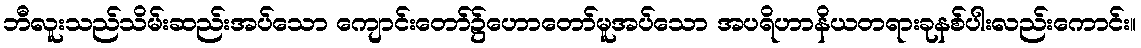
ဘီလူးသည်သိမ်းဆည်းအပ်သော ကျောင်းတော်၌ဟောတော်မူအပ်သော အပရိဟာနိယတရားခုနစ်ပါးလည်းကောင်း။